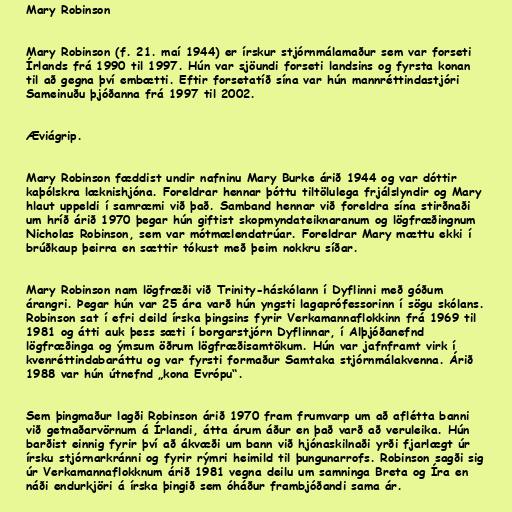
Mary Robinson

Mary Robinson (f. 21. maí 1944) er írskur stjórnmálamaður sem var forseti
Írlands frá 1990 til 1997. Hún var sjöundi forseti landsins og fyrsta konan
til að gegna því embætti. Eftir forsetatíð sína var hún mannréttindastjóri
Sameinuðu þjóðanna frá 1997 til 2002.

Æviágrip.

Mary Robinson fæddist undir nafninu Mary Burke árið 1944 og var dóttir
kaþólskra læknishjóna. Foreldrar hennar þóttu tiltölulega frjálslyndir og Mary
hlaut uppeldi í samræmi við það. Samband hennar við foreldra sína stirðnaði
um hríð árið 1970 þegar hún giftist skopmyndateiknaranum og lögfræðingnum
Nicholas Robinson, sem var mótmælendatrúar. Foreldrar Mary mættu ekki í
brúðkaup þeirra en sættir tókust með þeim nokkru síðar.

Mary Robinson nam lögfræði við Trinity-háskólann í Dyflinni með góðum
árangri. Þegar hún var 25 ára varð hún yngsti lagaprófessorinn í sögu skólans.
Robinson sat í efri deild írska þingsins fyrir Verkamannaflokkinn frá 1969 til
1981 og átti auk þess sæti í borgarstjórn Dyflinnar, í Alþjóðanefnd
lögfræðinga og ýmsum öðrum lögfræðisamtökum. Hún var jafnframt virk í
kvenréttindabaráttu og var fyrsti formaður Samtaka stjórnmálakvenna. Árið
1988 var hún útnefnd „kona Evrópu“.

Sem þingmaður lagði Robinson árið 1970 fram frumvarp um að aflétta banni
við getnaðarvörnum á Írlandi, átta árum áður en það varð að veruleika. Hún
barðist einnig fyrir því að ákvæði um bann við hjónaskilnaði yrði fjarlægt úr
írsku stjórnarkránni og fyrir rýmri heimild til þungunarrofs. Robinson sagði sig
úr Verkamannaflokknum árið 1981 vegna deilu um samninga Breta og Íra en
náði endurkjöri á írska þingið sem óháður frambjóðandi sama ár.